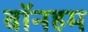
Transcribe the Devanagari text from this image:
बॉनहम